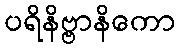
ပရိနိဗ္ဗာနိကော